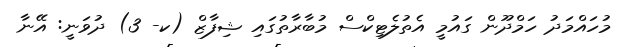
މުހައްމަދު ހަމްދޫން ގައުމީ އެތުލެޓިކްސް މުބާރާތުގައި ޝިފާޒް (ކ- 3) ދުވަނީ: އޭނާ